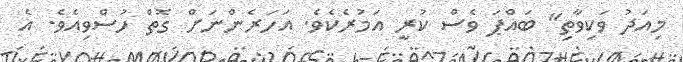
މިއަދު ވަކިވާތި" ބައްޕަ ވެސް ކުރީ އަމުރެކެވެ. އަހަރެންނަށް ގޮތް ހުސްވިއެވެ. އެ